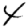
Digit: 4